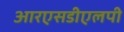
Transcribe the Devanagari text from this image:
आरएसडीएलपी